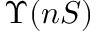
\Upsilon ( n S )